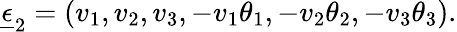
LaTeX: \underline{{{\epsilon}}}_{2}=(v_{1},v_{2},v_{3},-v_{1}\theta_{1},-v_{2}\theta_{2},-v_{3}\theta_{3}).